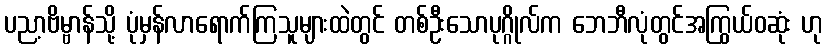
ပညာ့ဗိမ္ဗာန်သို့ ပုံမှန်လာရောက်ကြသူများထဲတွင် တစ်ဦးသောပုဂ္ဂိုလ်က ဘေဘီလုံတွင်အကြွယ်ဝဆုံး ဟု